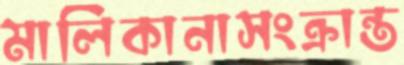
মালিকানাসংক্রান্ত